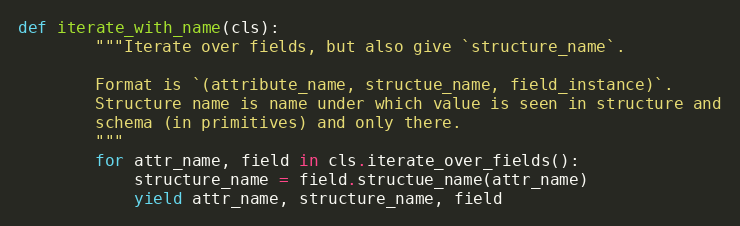
Language: Python
def iterate_with_name(cls):
        """Iterate over fields, but also give `structure_name`.

        Format is `(attribute_name, structue_name, field_instance)`.
        Structure name is name under which value is seen in structure and
        schema (in primitives) and only there.
        """
        for attr_name, field in cls.iterate_over_fields():
            structure_name = field.structue_name(attr_name)
            yield attr_name, structure_name, field